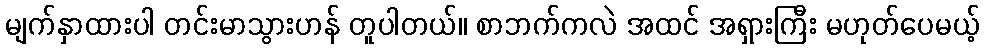
မျက်နှာထားပါ တင်းမာသွားဟန် တူပါတယ်။ စာဘက်ကလဲ အထင် အရှားကြီး မဟုတ်ပေမယ့်